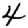
Digit: 4